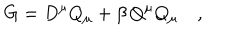
LaTeX: G = D ^ { \mu } Q _ { \mu } + \beta \, Q ^ { \mu } Q _ { \mu } \quad ,